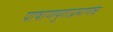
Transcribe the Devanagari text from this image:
पाषाणयुगाप्रमाणेच